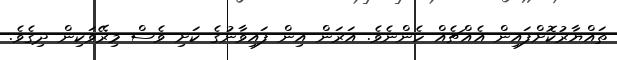
ތައްޔާރުކޮށްފައިން އެއްޗެއް ހެންނެވެ. އަރަން އިން ފައިވާނުގެ ކަށި ވެސް މިރޭވަކިން ދިގެވެ.